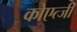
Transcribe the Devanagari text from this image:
कोएत्जी